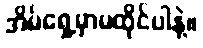
အိမ်ရှေ့မှာမထိုင်ပါနဲ့။